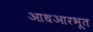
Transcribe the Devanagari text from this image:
आधआरभूत